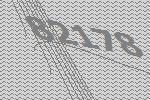
82178